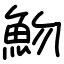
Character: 魩